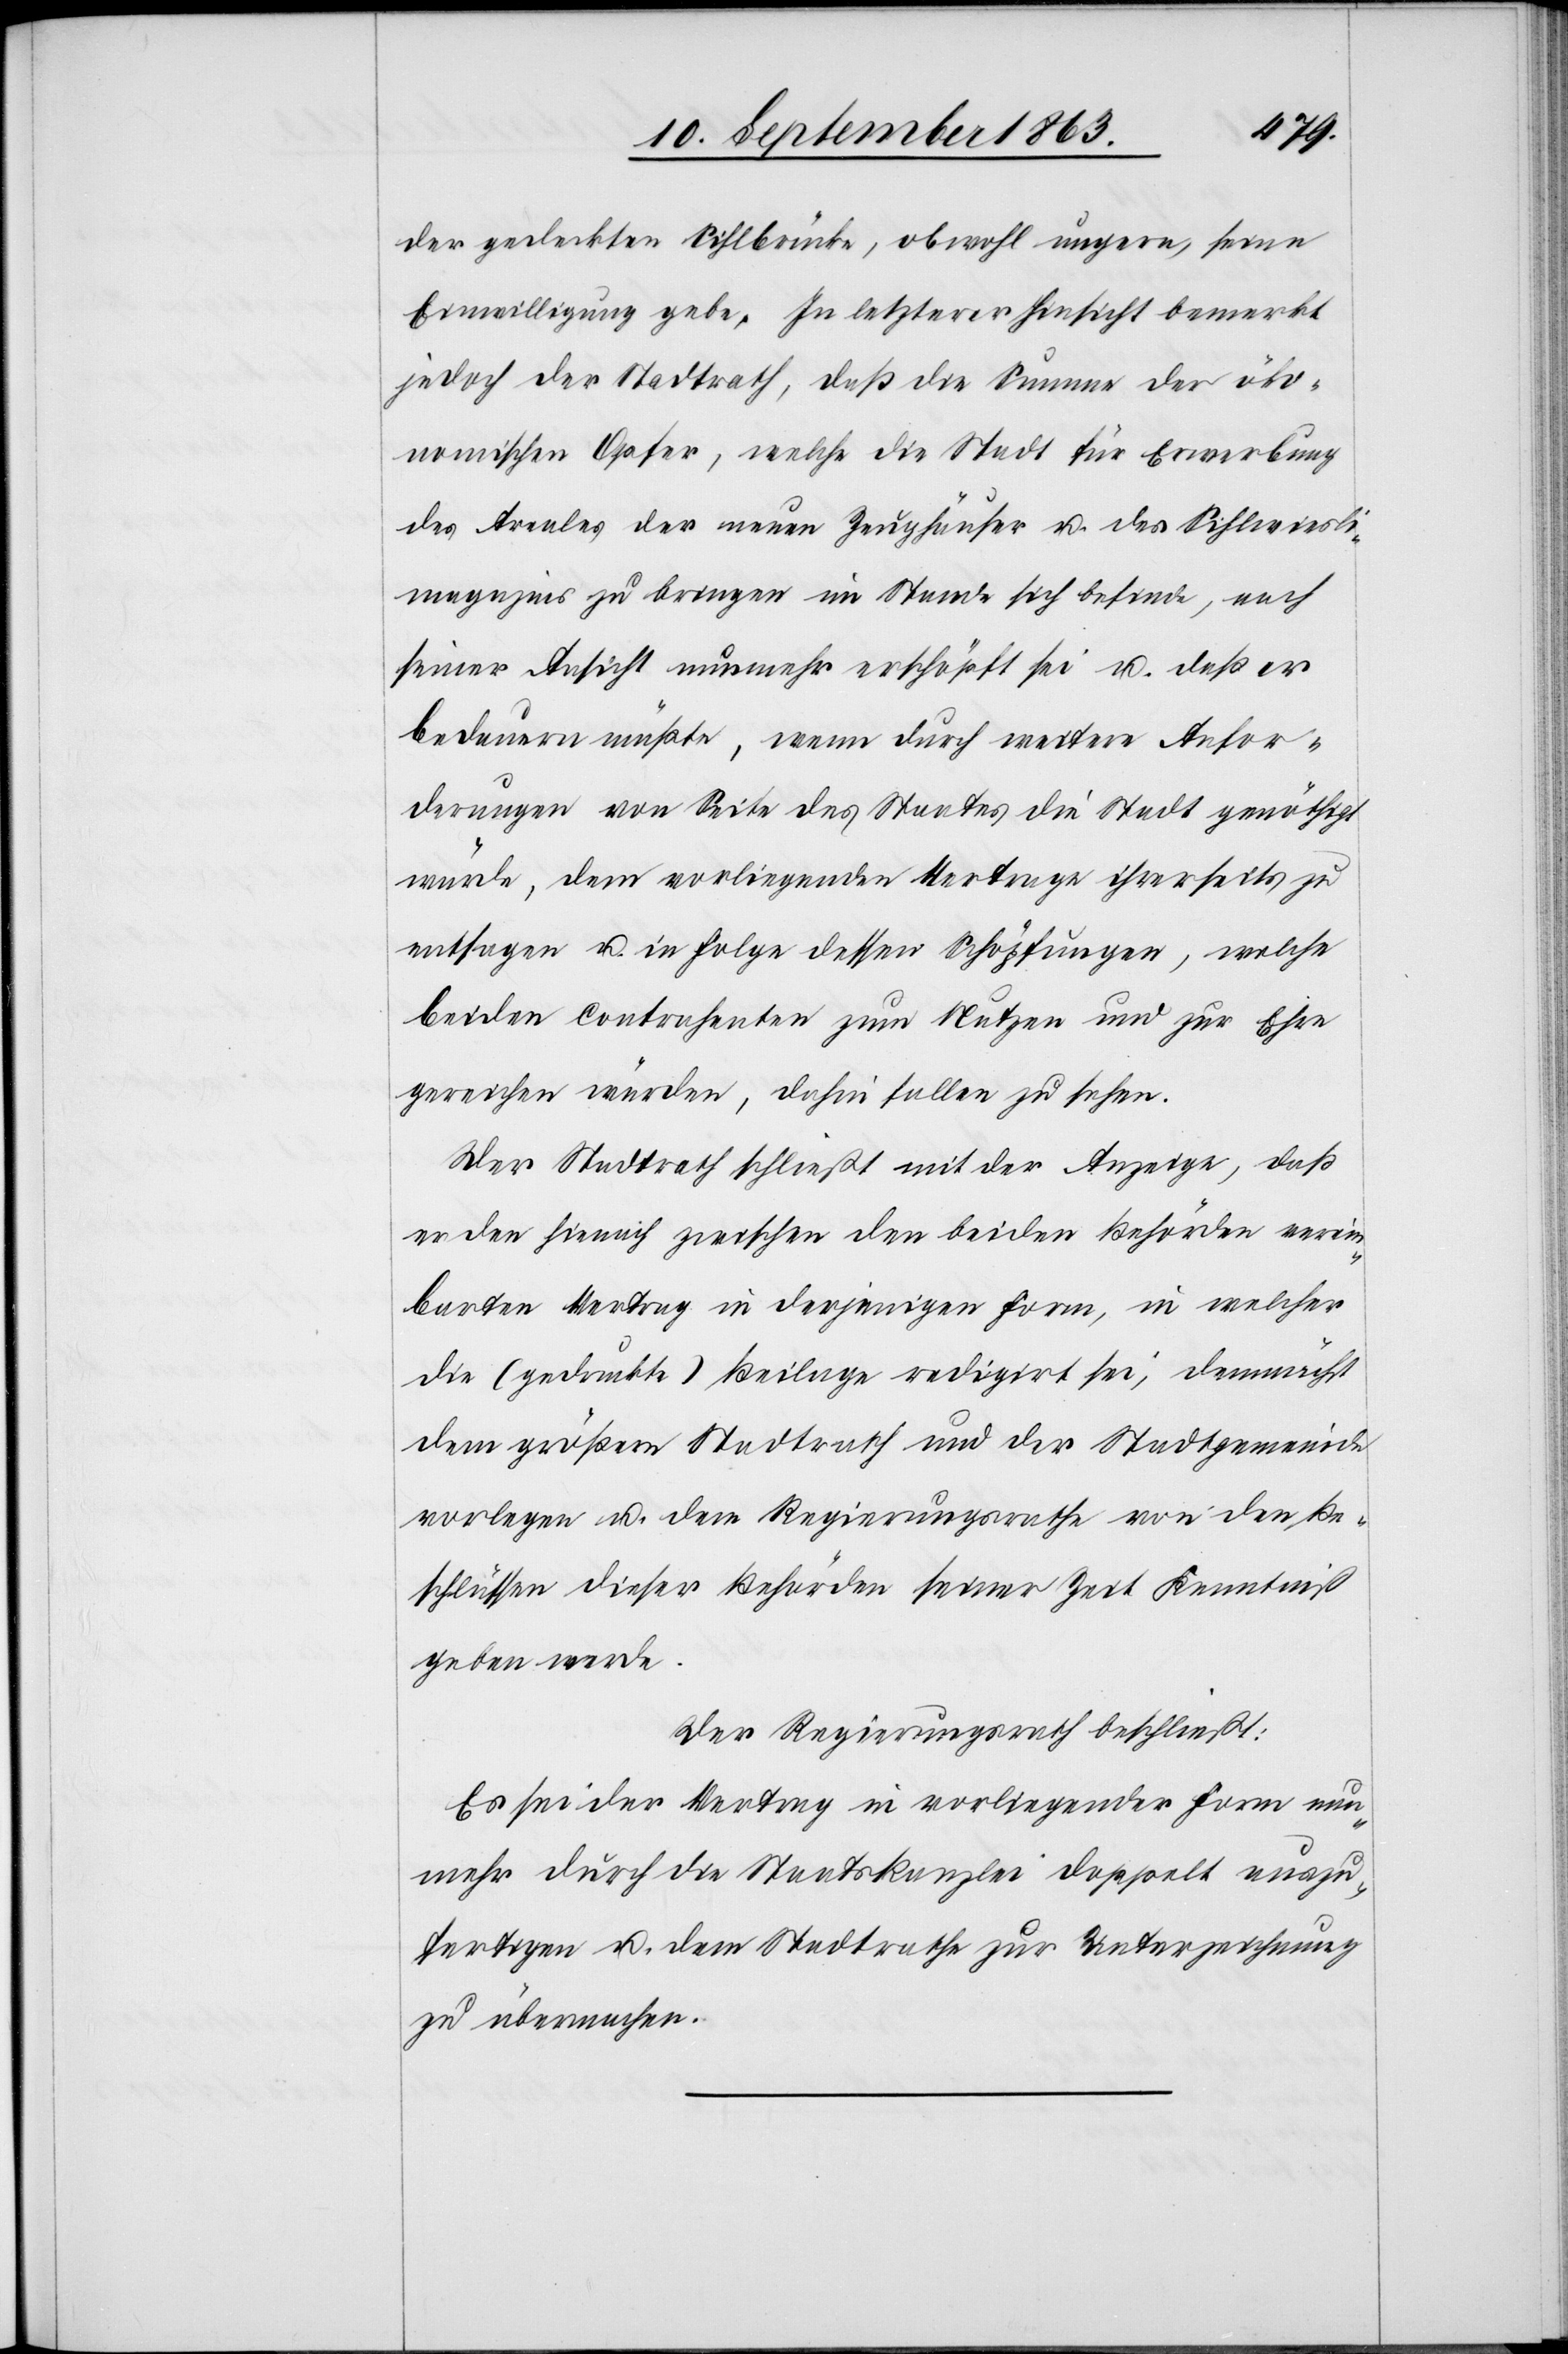
der gedeckten Sihlbrücke, obwohl ungern, seine
Einwilligung gebe. In letzterer Hinsicht bemerkt
jedoch der Stadtrath, daß die Summe der öko¬
nomischen Opfer, welche die Stadt für Erwerbung
des Areales der neuen Zeughäuser u. des Sihlwiesl¬
imagazins zu bringen im Stande sich befinde, nach
seiner Ansicht nunmehr erschöpft sei u. daß er
bedauern müßte, wenn durch weitere Anfor¬
derungen von Seite des Staates die Stadt genöthigt
würde, dem vorliegenden Vertrage ihrerseits zu
entsagen u. in Folge dessen Schöpfungen, welche
beiden Contrahenten zum Nutzen und zur Ehre
gereichen würden, dahin fallen zu sehen.
Der Stadtrath schließt mit der Anzeige, daß
er den hienach zwischen den beiden Behörden verein¬
barten Vertrag in derjenigen Form, in welcher
die (gedruckte) Beilage redigirt sei, demnächst
dem größern Stadtrath und der Stadtgemeinde
vorlegen u. dem Regierungsrathe von den Be¬
schlüssen dieser Behörden seiner Zeit Kenntniß
geben werde.
Der Regierungsrath beschließt:
Es sei der Vertrag in vorliegender Form nun¬
mehr durch die Staatskanzlei doppelt auszu¬
fertigen u. dem Stadtrathe zur Unterzeichnung
zu übermachen.